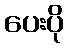
ပေးပို